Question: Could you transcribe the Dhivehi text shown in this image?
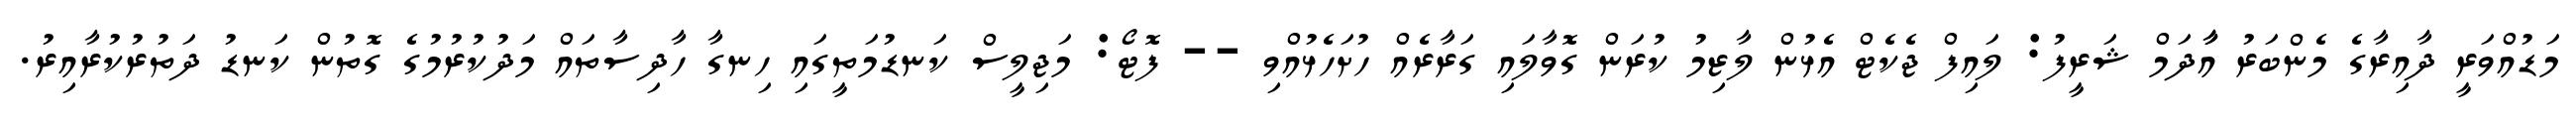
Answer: މަޑުއްވަރީ ދާއިރާގެ މެންބަރު އާާދަމް ޝަރީފު: ލައިފް ޖެކެޓް އެޅުން ލާޒިމު ކުރަން ގޮވާލައި ގަރާރެއް ހުށަހެޅުއްވި -- ފޮޓޯ: މަޖިލީސް ކަނޑުމަތީގައި ހިނގާ ހާދިސާތައް މަދުކުރުމުގެ ގޮތުން ކަނޑު ދަތުރުކުރާއިރު.